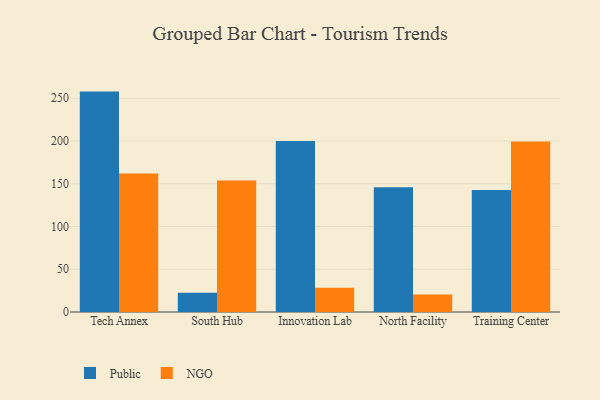
{"axis": {"x": "Campus", "y": "Bounce Rate (%)"}, "legend": ["NGO", "Public"], "data": [{"x": "Tech Annex", "y": 257.8, "type": "Public"}, {"x": "Tech Annex", "y": 162.1, "type": "NGO"}, {"x": "South Hub", "y": 22.5, "type": "Public"}, {"x": "South Hub", "y": 153.7, "type": "NGO"}, {"x": "Innovation Lab", "y": 199.9, "type": "Public"}, {"x": "Innovation Lab", "y": 28.5, "type": "NGO"}, {"x": "North Facility", "y": 145.8, "type": "Public"}, {"x": "North Facility", "y": 20.5, "type": "NGO"}, {"x": "Training Center", "y": 142.7, "type": "Public"}, {"x": "Training Center", "y": 199.3, "type": "NGO"}]}